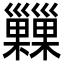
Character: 𢀌